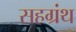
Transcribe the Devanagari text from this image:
सहग्रंथ